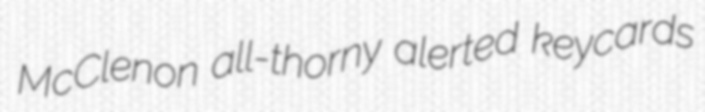
McClenon all-thorny alerted keycards